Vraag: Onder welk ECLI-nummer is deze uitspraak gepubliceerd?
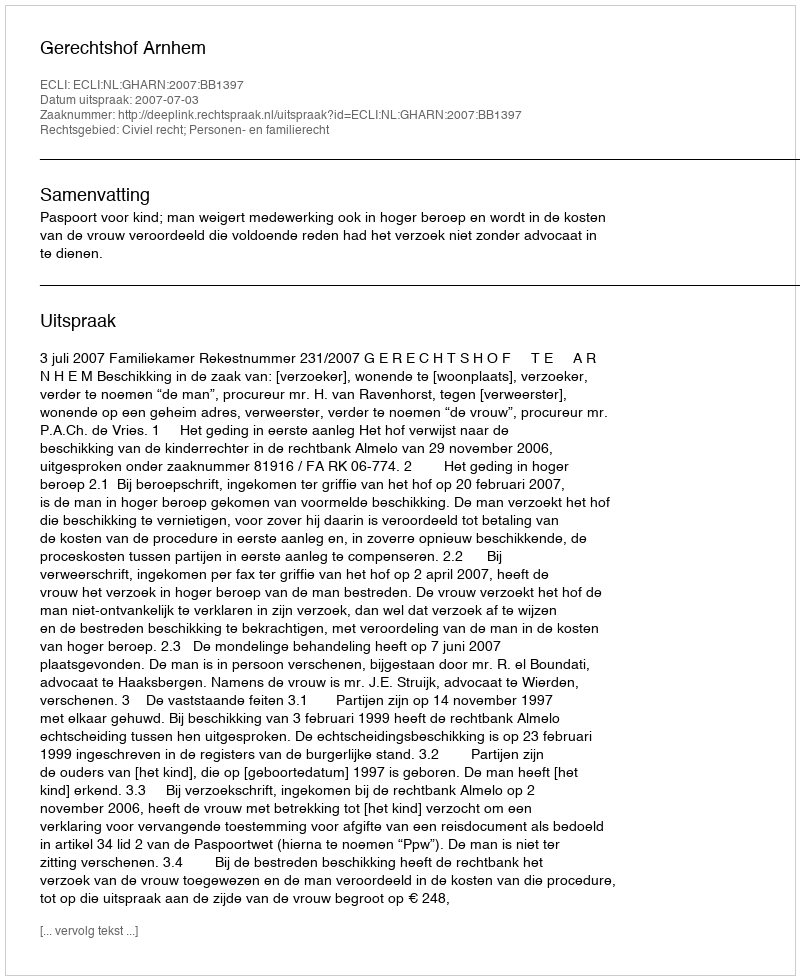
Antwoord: ECLI:NL:GHARN:2007:BB1397